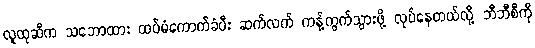
လူထုဆီက သဘောထား ထပ်မံကောက်ခံပီး ဆက်လက် ကန့်ကွက်သွားဖို့ လုပ်နေတယ်လို့ ဘီဘီစီကို